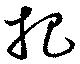
把